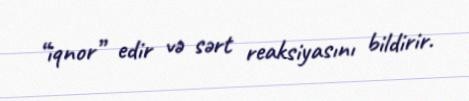
“iqnor” edir və sərt reaksiyasını bildirir.